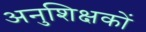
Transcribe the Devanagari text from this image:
अनुशिक्षकों